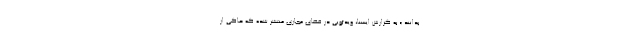
بدانند.» به گزارش ایسنا، ویدئویی در فضای مجازی منتشر شده که حاکی از